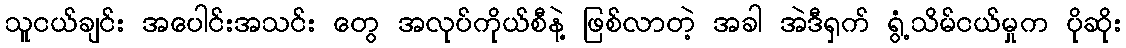
သူငယ်ချင်း အပေါင်းအသင်း တွေ အလုပ်ကိုယ်စီနဲ့ ဖြစ်လာတဲ့ အခါ အဲဒီရှက် ရွံ့သိမ်ငယ်မှုက ပိုဆိုး